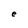
Character: e